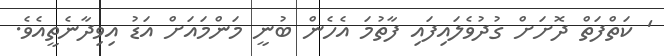
' ކަތްފަތް ދޮށަށް ގުދުވެލައިފައި ފާތުމަ އެހެން ބުނީ މަންމައަށް އަޑު އިވިދާނެތީއެވެ.